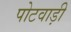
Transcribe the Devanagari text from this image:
पोटवाड़ी